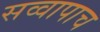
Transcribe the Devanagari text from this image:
सव्वापाच